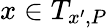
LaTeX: x\in T_{x^{\prime},P}